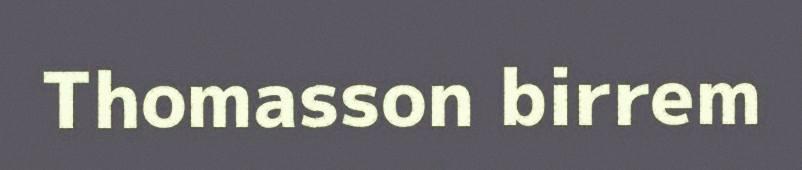
Thomasson birrem